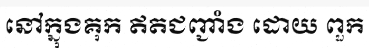
នៅក្នុងគុក ឥតជញ្ជាំង ដោយ ពួក